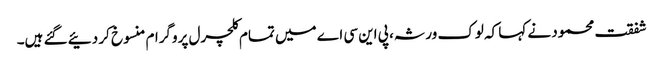
شفقت محمود نے کہا کہ لوک ورثہ، پی این سی اے میں تمام کلچرل پروگرام منسوخ کر دئیے گئے ہیں۔